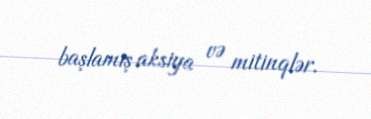
başlamış aksiya və mitinqlər.